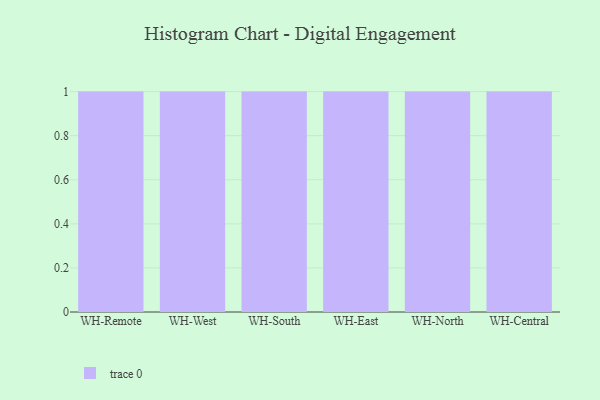
{"axis": {"x": "Warehouse", "y": "Budget (USD K)"}, "legend": [""], "data": [{"x": "WH-Remote", "y": 94, "type": ""}, {"x": "WH-West", "y": 60, "type": ""}, {"x": "WH-South", "y": 92, "type": ""}, {"x": "WH-East", "y": 75, "type": ""}, {"x": "WH-North", "y": 44, "type": ""}, {"x": "WH-Central", "y": 90, "type": ""}]}